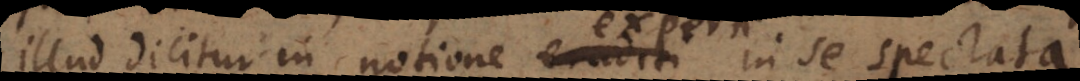
illud dicitur in notione eruditi in se spectata